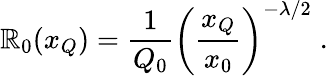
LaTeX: \mathbb{R}_{0}(x_{Q})=\frac{{1}}{{Q_{0}}}\left(\frac{{x_{Q}}}{{x_{0}}}\right)^{-\lambda/2}\; .